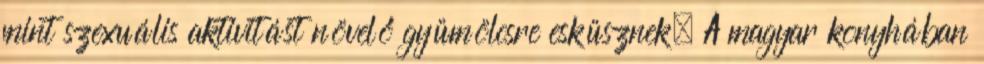
mint szexuális aktivitást növelő gyümölcsre esküsznek. A magyar konyhában